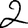
Digit: 2